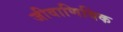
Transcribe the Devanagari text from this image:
जीवाणिविक